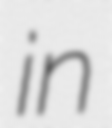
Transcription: in